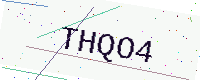
Text: THQO4